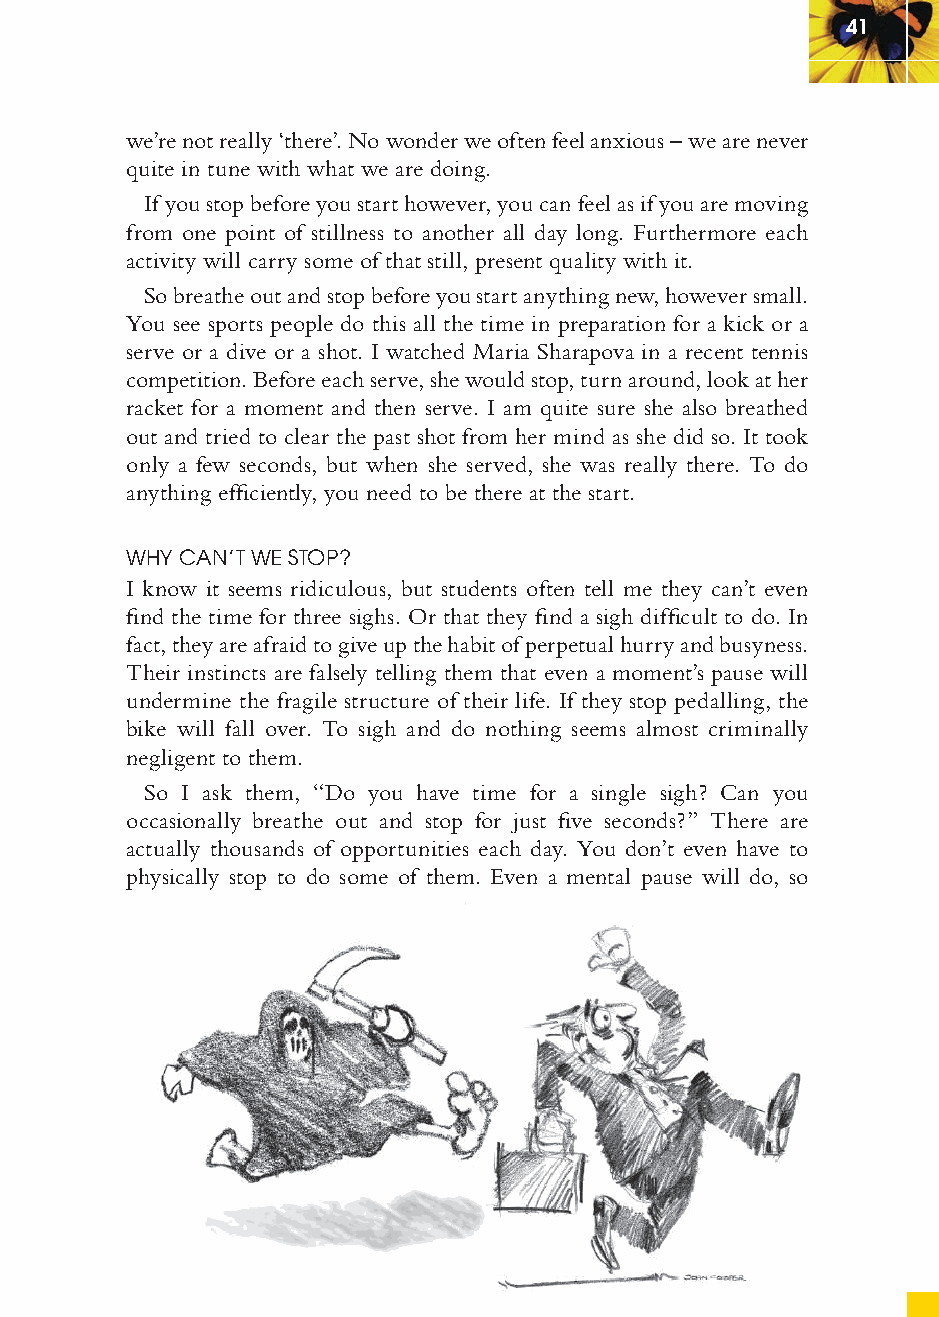
41
 we’re not really ‘there’. No wonder we often feel anxious – we are never
 quite in tune with what we are doing.
 If you stop before you start however, you can feel as if you are moving
 from one point of stillness to another all day long. Furthermore each
 activity will carry some of that still, present quality with it.
 So breathe out and stop before you start anything new, however small.
 You see sports people do this all the time in preparation for a kick or a
 serve or a dive or a shot. I watched Maria Sharapova in a recent tennis
 competition. Before each serve, she would stop, turn around, look at her
 racket for a moment and then serve. I am quite sure she also breathed
 out and tried to clear the past shot from her mind as she did so. It took
 only a few seconds, but when she served, she was really there. To do
 anything effi ciently, you need to be there at the start.
 WHY CAN’T WE STOP?
 I know it seems ridiculous, but students often tell me they can’t even
 fi nd the time for three sighs. Or that they fi nd a sigh diffi cult to do. In
 fact, they are afraid to give up the habit of perpetual hurry and busyness.
 Their instincts are falsely telling them that even a moment’s pause will
 undermine the fragile structure of their life. If they stop pedalling, the
 bike will fall over. To sigh and do nothing seems almost criminally
 negligent to them.
 So I ask them, “Do you have time for a single sigh? Can you
 occasionally breathe out and stop for just fi ve seconds?” There are
 actually thousands of opportunities each day. You don’t even have to
 physically stop to do some of them. Even a mental pause will do, so
 ffiivvee__220000667788..iinndddd SSeecc11::4455     3300//55//0055 55::0033::5522 PPMM